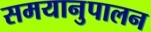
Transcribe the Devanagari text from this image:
समयानुपालन